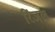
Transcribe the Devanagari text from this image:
रिंजल